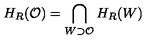
H _ { R } ( \mathcal { O } ) = \bigcap _ { W \supset \mathcal { O } } H _ { R } ( W )